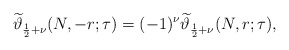
\begin{align*}\widetilde{\vartheta}_{\frac12+\nu}(N,-r;\tau)=(-1)^{\nu}\widetilde{\vartheta}_{\frac12+\nu}(N,r;\tau),\end{align*}